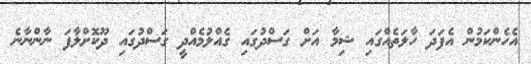
އެހެންކަމުން އެފަދަ ހާލަތެއްގައި ޝިމާ އަށް ގަސްދުގައި ގެއްލުމެއްދީ ގަސްދުގައި ދޫކޮށްލާފަ ނާންނާނެ